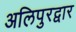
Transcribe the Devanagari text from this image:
अलिपुरद्वार